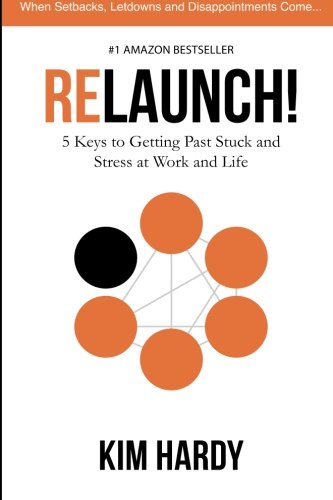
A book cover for Relaunch!: 5 Keys to Getting Past Stuck and Stress at Work and Life; Kim Hardy; Business & Money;